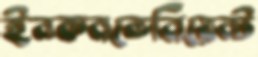
ইনকনভেনিয়েন্ট